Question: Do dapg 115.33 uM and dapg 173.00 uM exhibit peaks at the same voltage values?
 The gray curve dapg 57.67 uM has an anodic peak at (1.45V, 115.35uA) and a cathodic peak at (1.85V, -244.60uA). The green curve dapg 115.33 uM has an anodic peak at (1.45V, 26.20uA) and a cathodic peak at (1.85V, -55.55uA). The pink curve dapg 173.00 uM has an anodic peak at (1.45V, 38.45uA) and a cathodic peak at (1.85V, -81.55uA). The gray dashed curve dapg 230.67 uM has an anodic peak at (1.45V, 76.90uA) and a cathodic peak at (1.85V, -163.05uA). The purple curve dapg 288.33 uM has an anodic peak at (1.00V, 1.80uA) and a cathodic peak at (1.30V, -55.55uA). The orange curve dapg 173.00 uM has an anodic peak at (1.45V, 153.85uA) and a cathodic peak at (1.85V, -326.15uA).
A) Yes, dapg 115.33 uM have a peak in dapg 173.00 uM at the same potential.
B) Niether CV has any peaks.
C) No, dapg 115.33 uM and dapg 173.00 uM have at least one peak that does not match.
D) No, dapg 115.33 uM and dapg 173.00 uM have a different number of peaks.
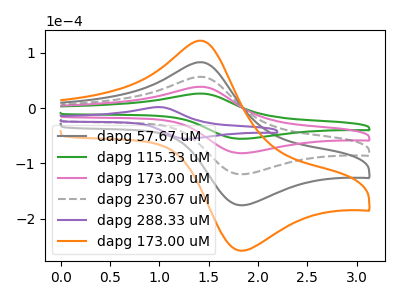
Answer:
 <answer>A) Yes, "dapg 115.33 uM" have a peak in "dapg 173.00 uM" at the same potential.</answer>
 <eval>A</eval>